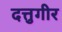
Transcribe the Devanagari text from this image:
दत्तुगीर